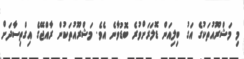
މި މަޝްރޫއުތަކުގެ އަގު ބިލިއަން ޑޮލަރަށްވުރެ ބޮޑުވާނެ އެވެ. މަޝްރޫއުތަކުން ރާއްޖޭގެ އިގްތިސާދަށް